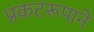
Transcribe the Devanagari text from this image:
प्रकटरूपाने